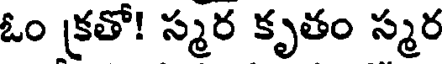
ఓం క్రతో! స్మర కృతం స్మర